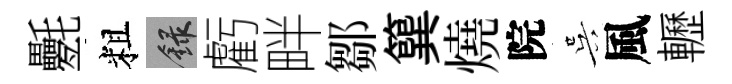
氎粗録虧畔鄒簨燒院吴風轣